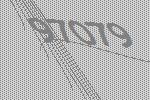
97079